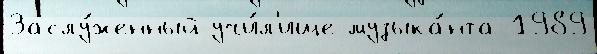
Заслу́женный учи́л'ище музыка́нта 1989